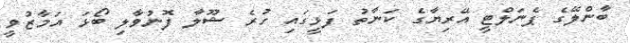
ބާންލޭގެ ޕެނަލްޓީ އޭރިޔާގެ ކަނާތު ފަޅީގައި ހުރެ ޝޫލާ ފޮނުވާލި ބޯޅަ އަމާޒުވީ